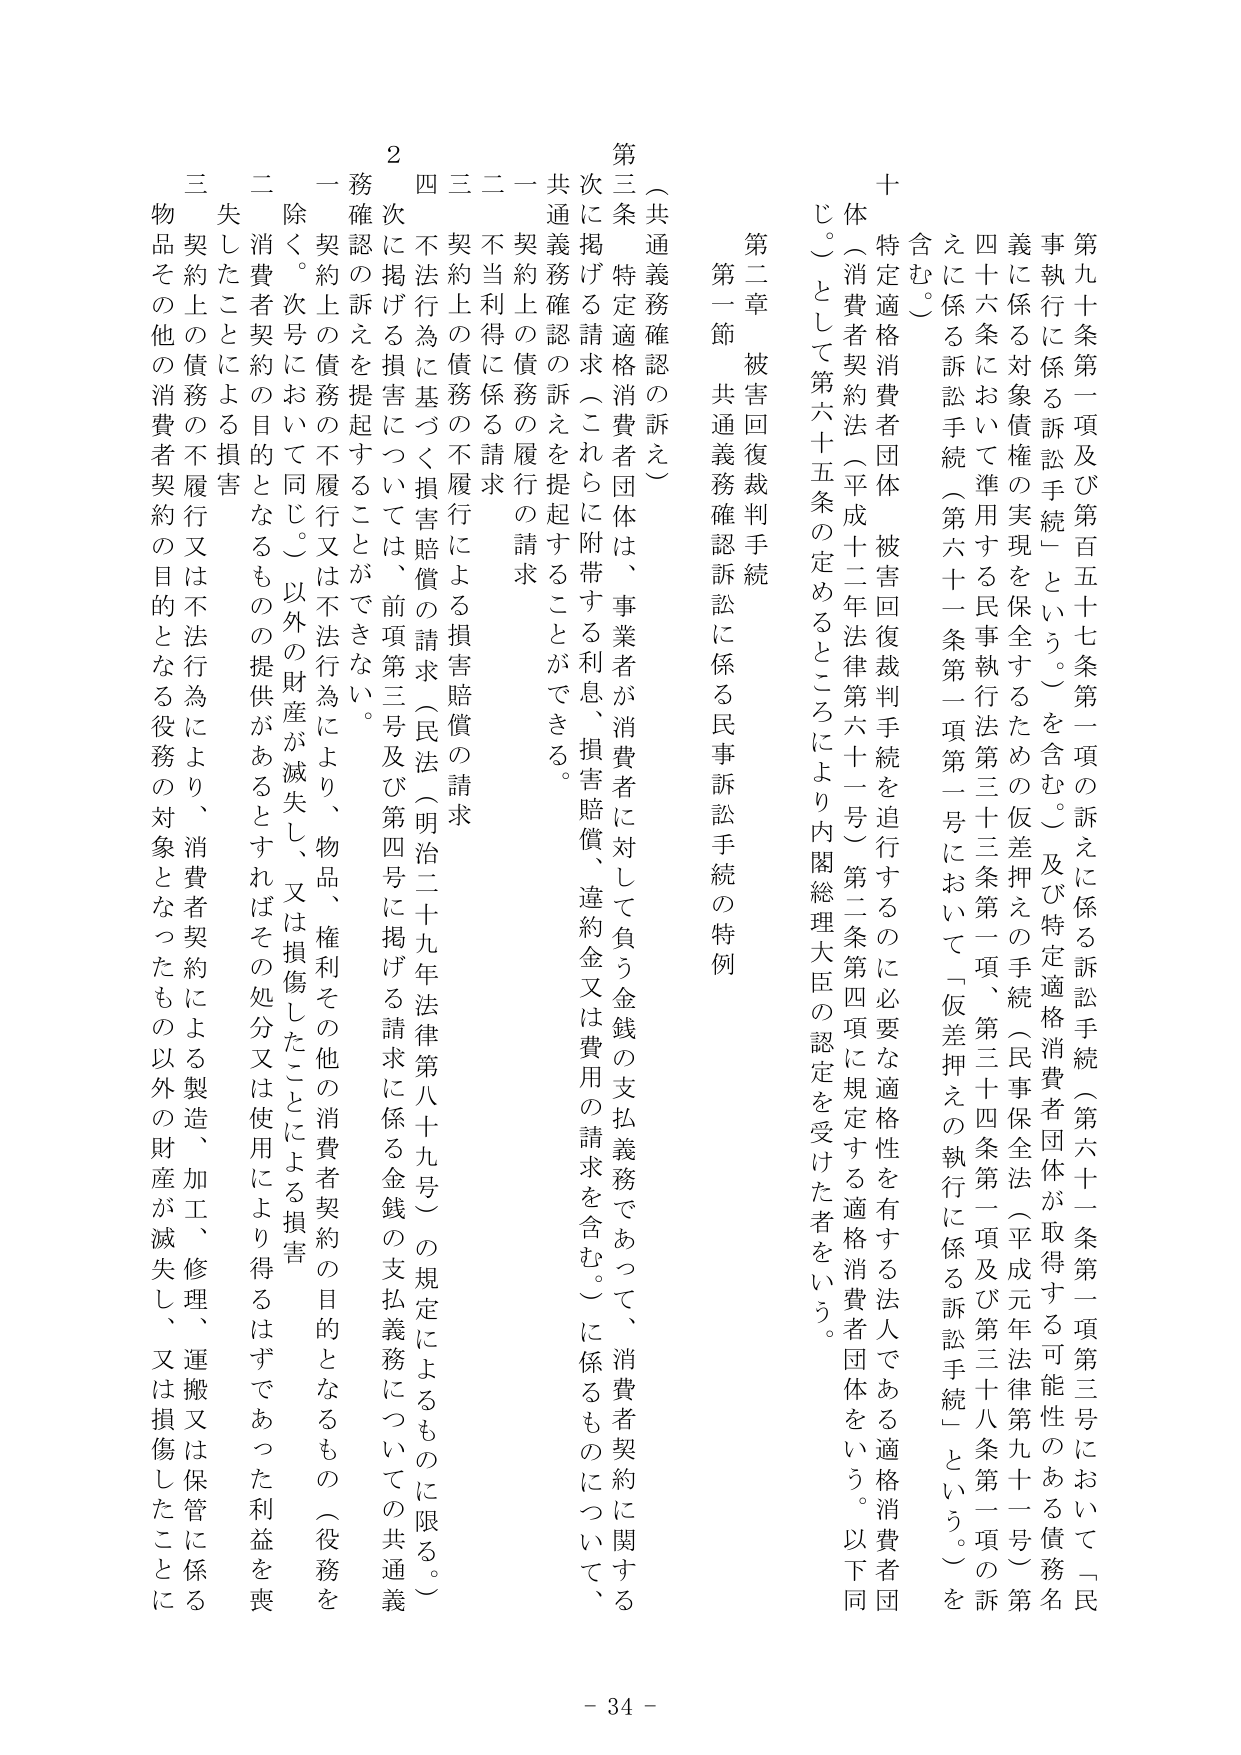
第九十条第一項及び第百五十七条第一項の訴えに係る訴訟手続（第六十一条第一項第三号において「民事執行に係る訴訟手続」という。）を含む。及び特定適格消費者団体が取得する可能性のある債務名義に係る対象債権の実現を保全するための仮差押えの手続（民事保全法（平成元年法律第九十一号）第四十六条において準用する民事執行法第三十三条第一項、第三十四条第二項及び第三十八条第一項の訴えに係る訴訟手続（第六十一条第一項第一号において「仮差押えの執行に係る訴訟手続」という。）を含む。

十 特定適格消費者団体 被害回復裁判手続を追行するのに必要な適格性を有する法人である適格消費者団体（消費者契約法（平成十二年法律第六十一号）第二条第四項に規定する適格消費者団体をいう。以下同じ。）として第六十五条の定めるところにより内閣総理大臣の認定を受けた者をいう。

第二章 被害回復裁判手続

第一節 共通義務確認訴訟に係る民事訴訟手続の特例

第三条 （共通義務確認の訴え）

次に掲げる請求（これらに附帯する利息、損害賠償、違約金又は費用の請求を含む。）に係るものについて、消費者契約に関する共通義務確認の訴えを提起することができる。

一 契約上の債務の履行の請求

二 不当利得に係る請求

三 契約上の債務の不履行による損害賠償の請求

四 不法行為に基づく損害賠償の請求（民法（明治二十九年法律第八十九号）の規定によるものに限る。）

次に掲げる損害については、前項第三号及び第四号に掲げる請求に係る金銭の支払義務についての共通義務確認の訴えを提起することができない。

一 契約上の債務の不履行又は不法行為により、物品、権利その他の消費者契約の目的となるもの（役務を除く。次号において同じ。）以外の財産が滅失し、又は損傷したことによる損害

二 消費者契約の目的となるものの提供があるとすればその処分又は使用により得るはずであった利益を喪失したことによる損害

三 契約上の債務の不履行又は不法行為により、消費者契約による製造、加工、修理、運搬又は保管に係る物品その他の消費者契約の目的となる役務の対象となったもの以外の財産が滅失し、又は損傷したことによる損害

- 34 -